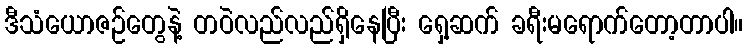
ဒီသံယောဇဉ်တွေနဲ့ တဝဲလည်လည်ရှိနေပြီး ရှေ့ဆက် ခရီးမရောက်တော့တာပါ။